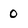
Character: 0